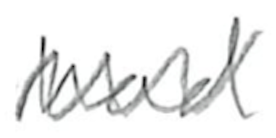
Text: had
Cross-out: zig-zag
Writing tool: pencil